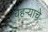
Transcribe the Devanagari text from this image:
चेहऱ्याचे